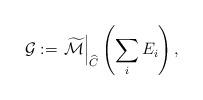
LaTeX: \begin{align*}\mathcal{G}:=\left.\widetilde{\mathcal{M}} \right\vert _{\widehat{C}} \left( \sum_i E_i \right),\end{align*}